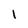
Character: 1